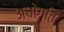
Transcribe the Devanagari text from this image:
अधोगति